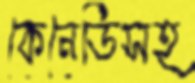
কেনেডিসহ